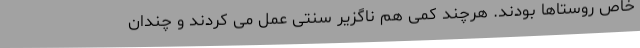
خاص روستا‌ها بودند. هرچند کمی هم ناگزیر سنتی عمل می کردند و چندان